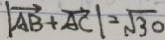
\vert \overrightarrow { A B } + \overrightarrow { A C } \vert = \sqrt { 3 0 }